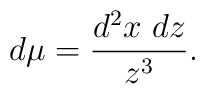
d\mu= {d^2x \ dz\over z^3}.